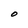
Character: O